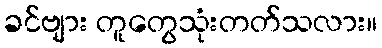
ခင်ဗျား တူတွေသုံးတတ်သလား။